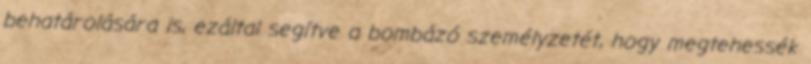
behatárolására is, ezáltal segítve a bombázó személyzetét, hogy megtehessék